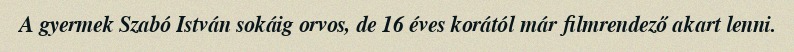
A gyermek Szabó István sokáig orvos, de 16 éves korától már filmrendező akart lenni.